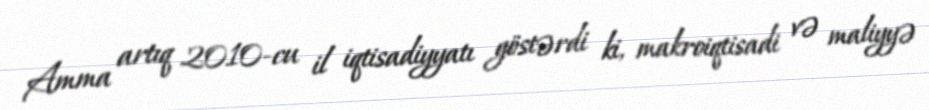
Amma artıq 2010-cu il iqtisadiyyatı göstərdi ki, makroiqtisadi və maliyyə